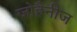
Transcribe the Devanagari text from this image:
जोहैनीज